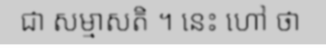
ជា សម្មាសតិ ។ នេះ ហៅ ថា